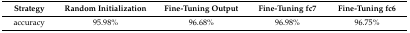
<table><thead><tr><td><b>Strategy</b></td><td><b>Random Initialization</b></td><td><b>Fine-Tuning Output</b></td><td><b>Fine-Tuning fc7</b></td><td><b>Fine-Tuning fc6</b></td></tr></thead><tbody><tr><td>accuracy</td><td>95.98%</td><td>96.68%</td><td>96.98%</td><td>96.75%</td></tr></tbody></table>